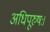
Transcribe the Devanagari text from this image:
अधिपूरुषः।